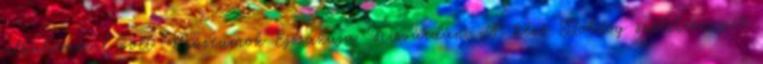
alkalommal volt Múzeumok Éjszakája Kisvárdán. A késő Boldog születésnapot